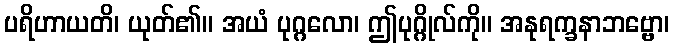
ပရိဟာယတိ၊ ယုတ်၏။ အယံ ပုဂ္ဂလော၊ ဤပုဂ္ဂိုလ်ကို။ အနုရက္ခနာဘဗ္ဗော၊